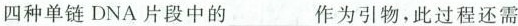
四种单链DNA片段中的___作为引物，此过程还需